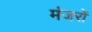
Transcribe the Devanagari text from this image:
मंजरों